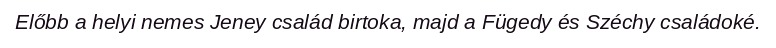
Előbb a helyi nemes Jeney család birtoka, majd a Fügedy és Széchy családoké.